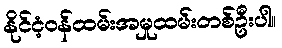
နိုင်ငံ့ဝန်ထမ်းအမှုထမ်းတစ်ဦးပါ။